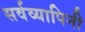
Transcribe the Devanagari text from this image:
सर्वव्यापिनी